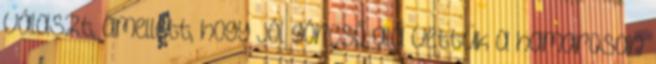
választ, amellett, hogy jól górcső alá vettük a hamarosan